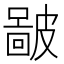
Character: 𥀚